NAE_ERA_R-2632_ENSV_TA_Emakeele_Selts_1945-1955, lk 88
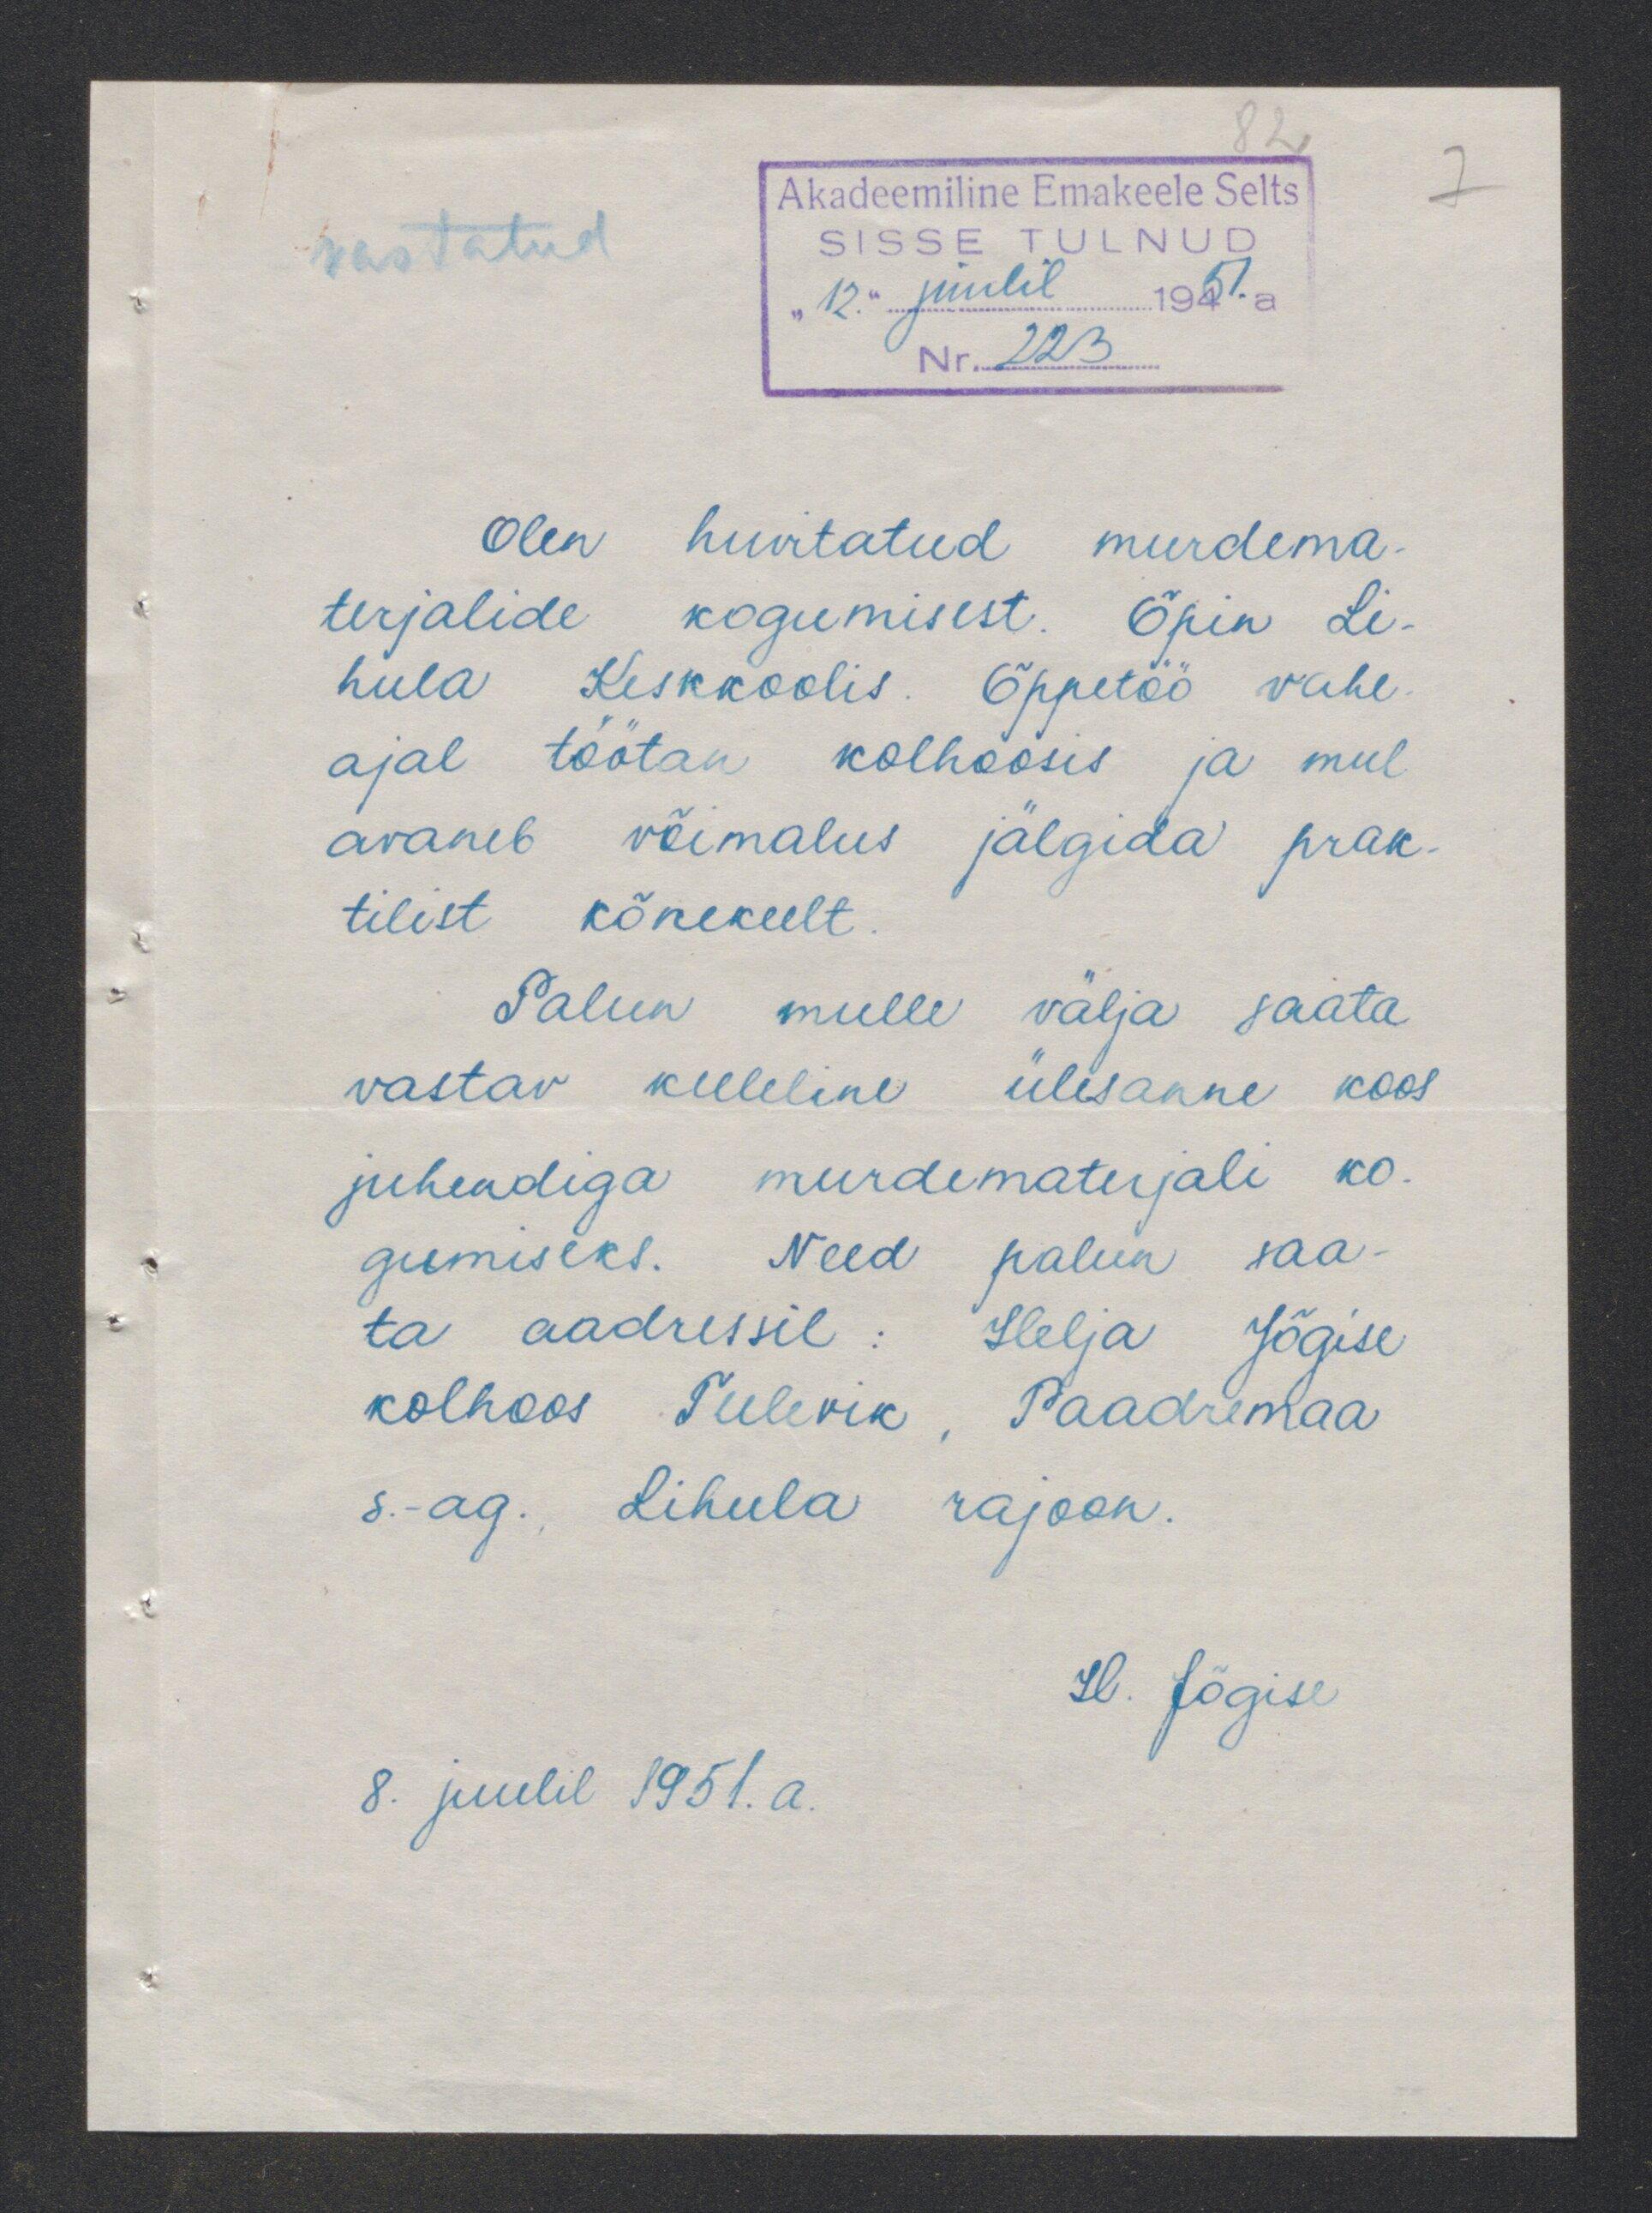
Akadeemiline Emakeele Selts
vastatud
Olen huvitatud murdema-
terjalide kogumisest. Õpin Li-
hula Keskkoolis. Õppetöö vahe-
ajal töötan kolhoosis ja mul
avaneb võimalus jälgida prak-
tilist kõnekeelt
Palun mulle välja saata.
vastav keeleline ülesanne koos
juhendiga murdematerjali ko-
gumiseks. Need palun saa-
ta aadressil: Helja Jõgise
kolhoos Tulevik, Paadremaa
s-ag. Lihula rajoon.
H. Jõgise
8. juulil 1951. a.